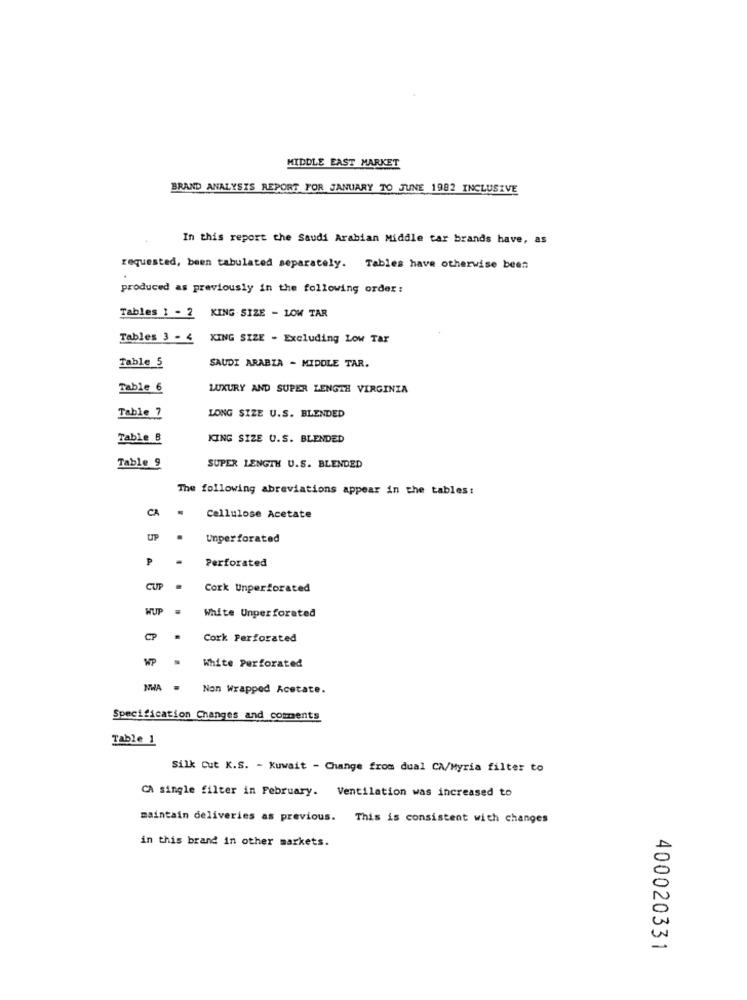
MIDDLE EAST MARKET
BRAND ANALYSIS REPORT FOR JANUARY TO JUNE 1982 INCLUSIVE
In this report the Saudi Arabian Middle tar brands have, as
requested, been tabulated separately. Tables have otherwise been
produced as previously in the following order:
Tables 1 - 2 KING SIZE - LOW TAR
Tables 3 - 4
KING SIZE - Excluding Low Tar
Table 5
SAUDI ARABIA - MIDDLE TAR.
Table 6
LUXURY AND SUPER LENGTH VIRGINIA
LONG SIZE U.S. BLENDED
Table 7
Table B
KING SIZE U.S. BLENDED
Table 9
SUPER LENGTH U.S. BLENDED
The following abreviations appear in the tables:
CA
.
Cellulose Acetate
UP
Unperforated
P
Perforated
CUP
.
Cork Unperforated
WUP
White Unperforated
CP
.
Cork Perforated
White Perforated
NWA = Non Wrapped Acetate.
Specification Changes and comments
Table 1
Silk Cut K.S. - Kuwait - Change from dual CA/Myria filter to
CA single filter in February. Ventilation was increased to
maintain deliveries as previous. This is consistent with changes
in this brand in other markets.
400020331